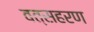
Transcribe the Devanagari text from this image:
वत्सहरण